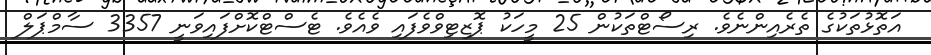
އަތޮޅުތަކުގެ ތެރެއިންނެވެ. ރިސޯޓްތަކުން 25 މީހަކު ޕޮޒިޓިވްވެފައި ވެއެެވެ. ޓެސްޓްކޮށްފައިވަނީ 3357 ސާމްޕަލް